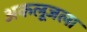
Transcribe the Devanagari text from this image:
अकलूजला